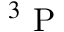
^ { 3 } \mathrm { ~ P ~ }